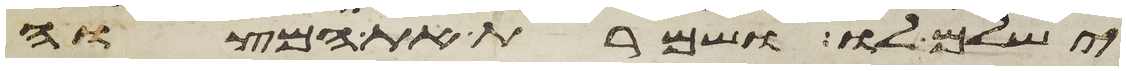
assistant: ישלם לו ושמרת את המצוה